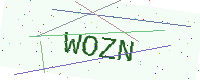
Text: WOZN